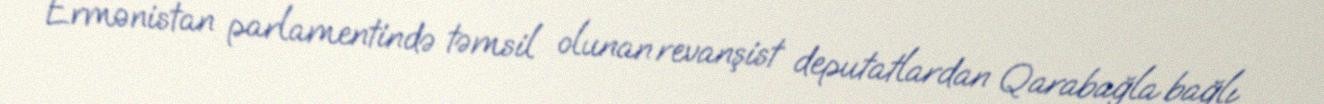
Ermənistan parlamentində təmsil olunan revanşist deputatlardan Qarabağla bağlı